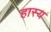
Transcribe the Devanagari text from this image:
हास्‍य